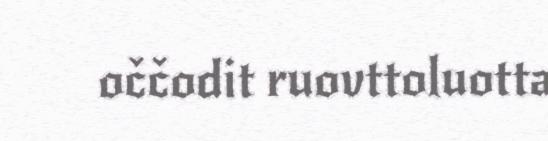
oččodit ruovttoluotta